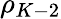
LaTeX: \rho_{K-2}